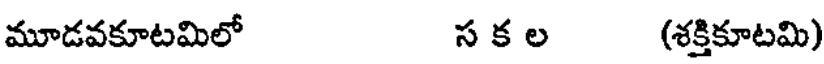
మూడవకూటమిలో స క ల (శక్తికూటమి)